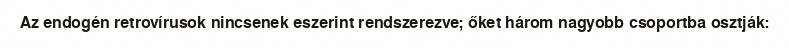
Az endogén retrovírusok nincsenek eszerint rendszerezve; őket három nagyobb csoportba osztják: